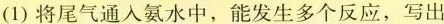
(1)将尾气通入氨水中，能发生多个反应，写出